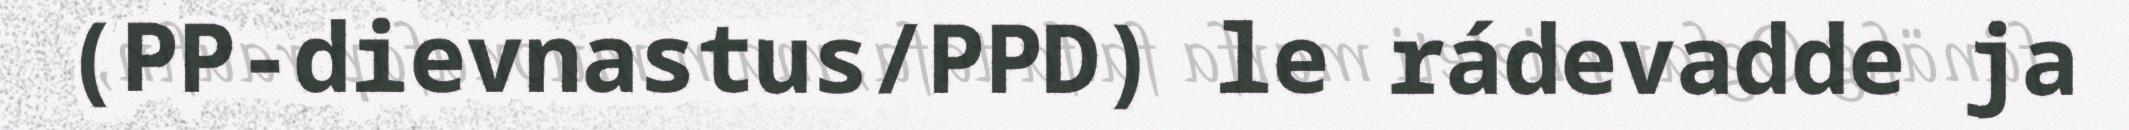
(PP-dievnastus/PPD) le rádevadde ja